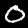
Digit: 0